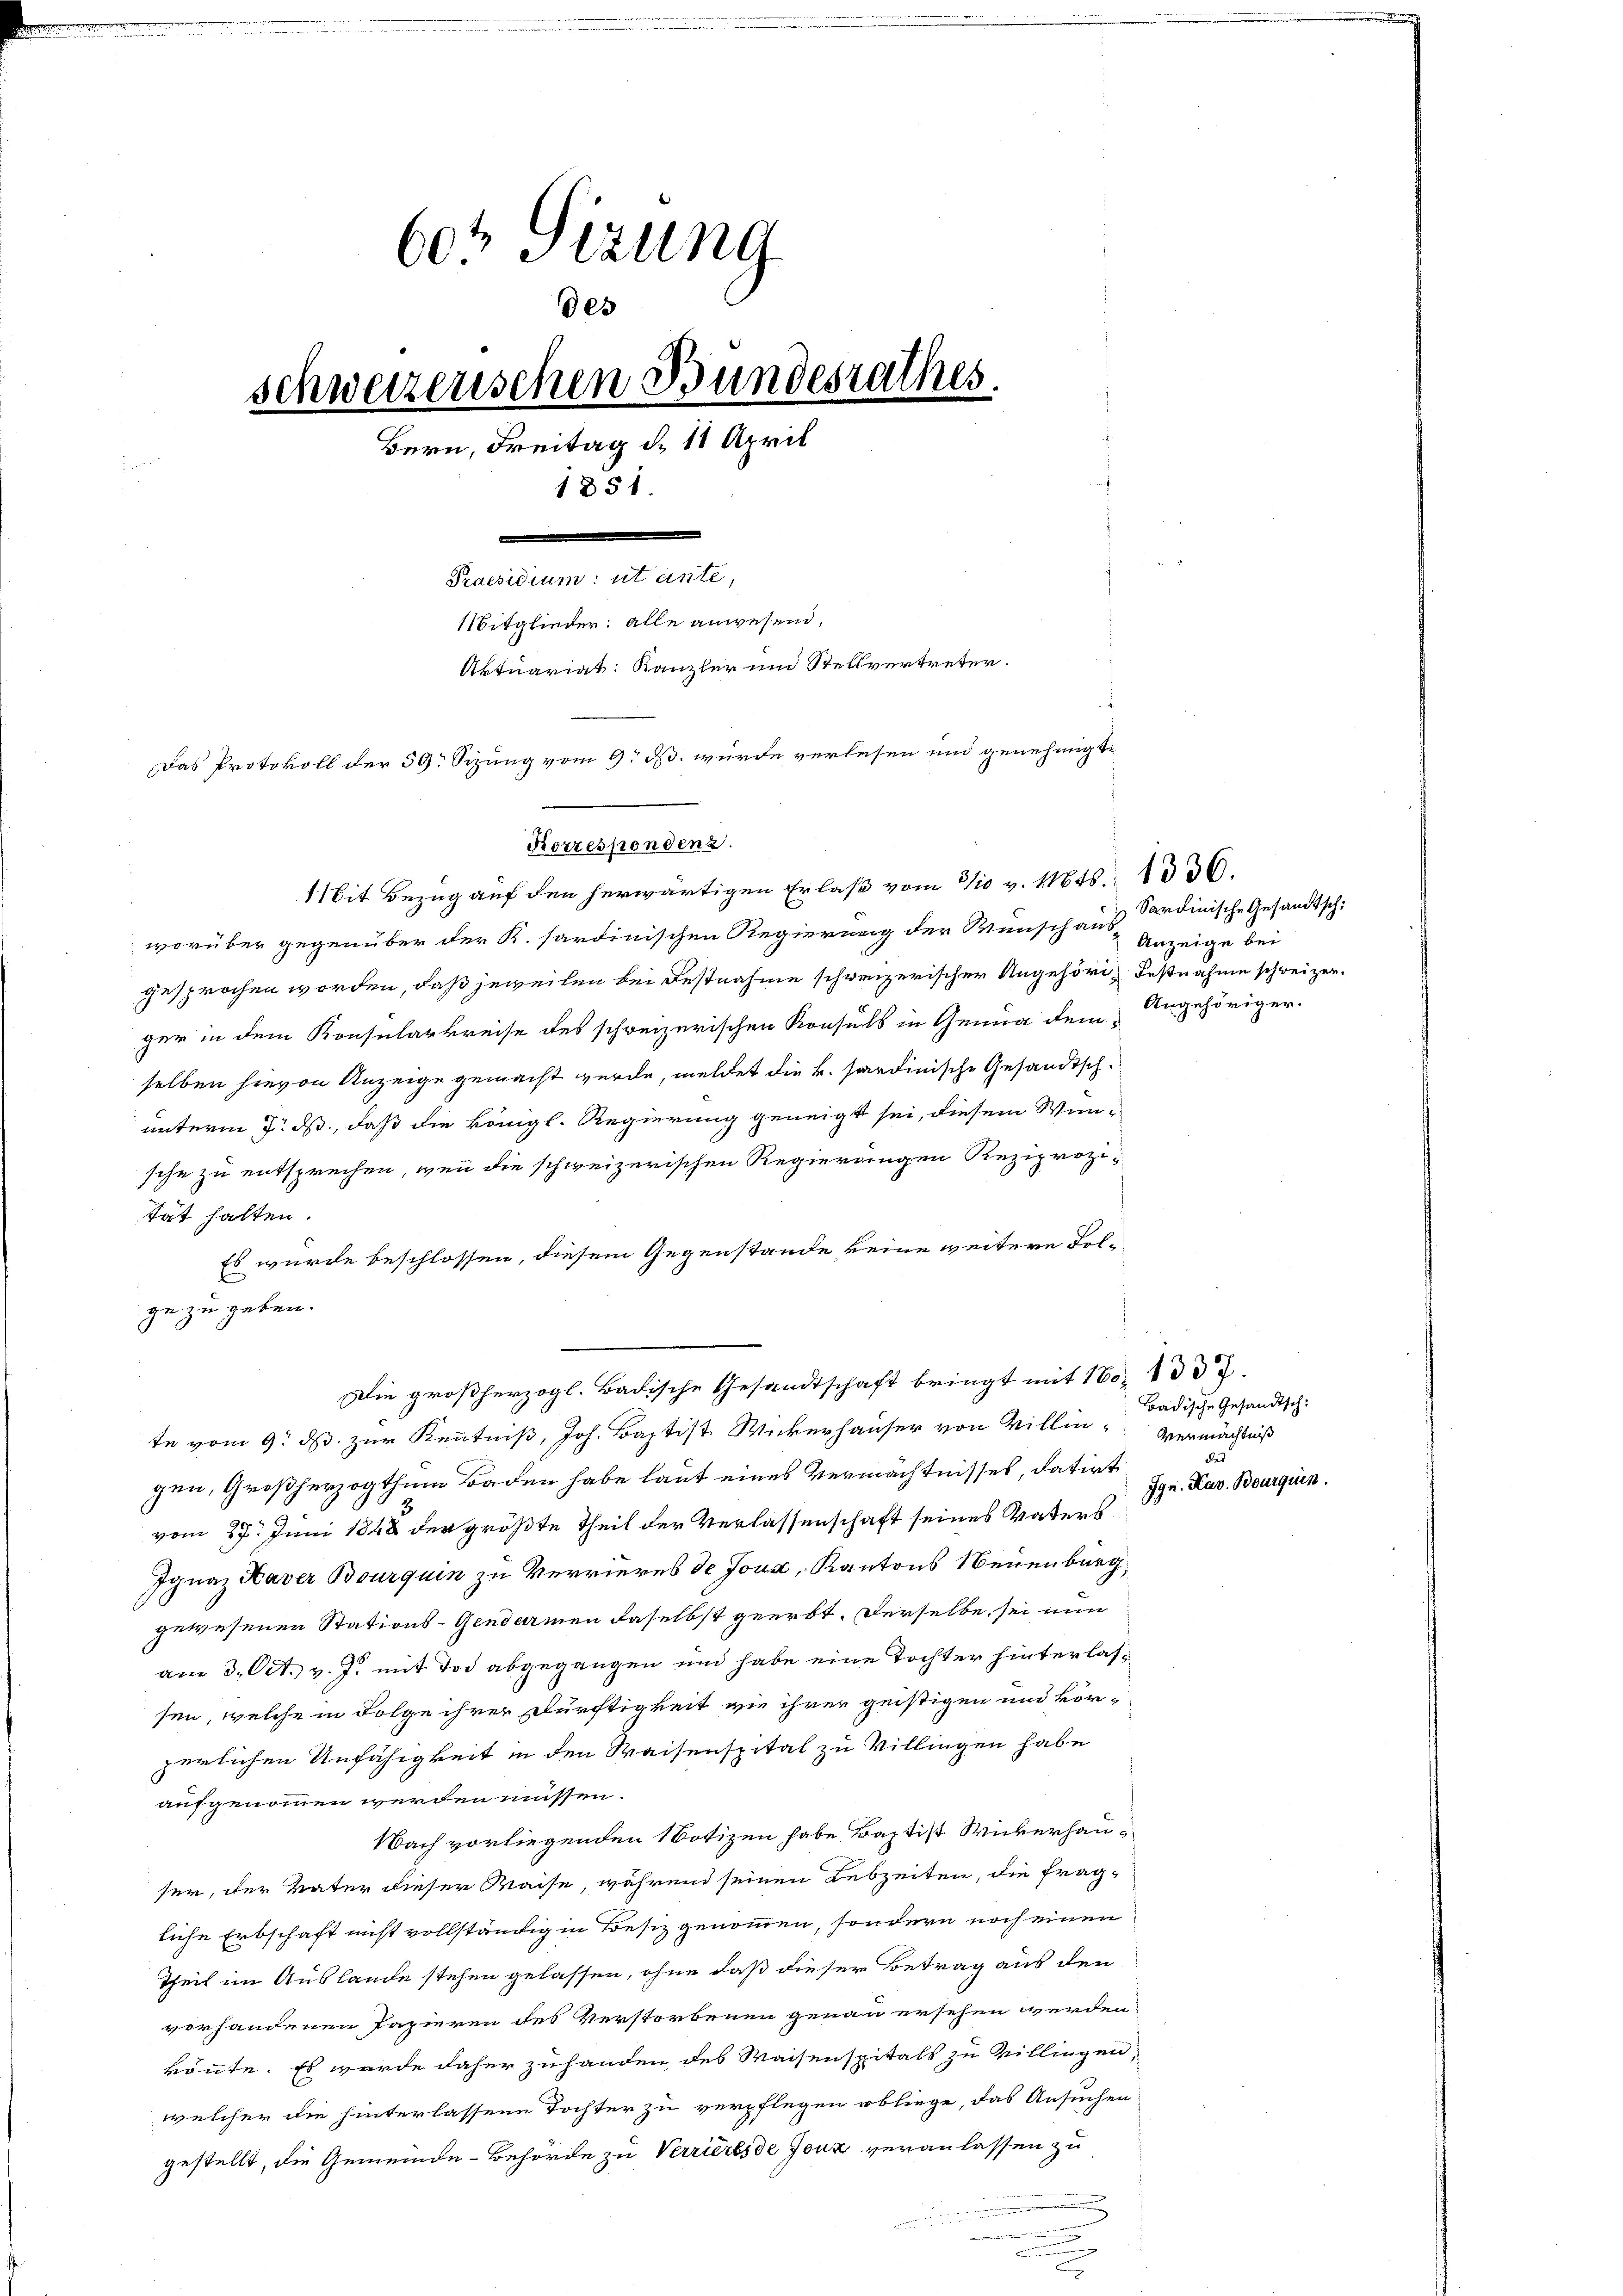
60t Sezung
des
schweizenschen Bundesrathes.
Bern, Freitag d. 18 April
1851.
dendenen
Mitglieder: alle anwesend,
Aktuariat: Kanzler und Stellvertreter.
Das Protokoll der 59. Sizung vom 9. ds. wurde verlesen und genehmigte

Mit Bezug auf den herwärtigen Erlaß vom 3/10 v. 116ts. 1536.
worüber gegenüber der K. sardinischen Regierung der Wunsch ausgesprochen worden, daß jeweilen bei Festnahme schweizerischer Angehöri, deßnahme schweizer.
ger in dem Konsularkreise des schweizerischen Konsuls in Genua demselben hievon Anzeige gemacht wurde, meldet die k. sardinische Gesandtschunterm 3. ds., daß die königl. Regierung geneigt sei, diesem Winsche zu entsprechen, wenn die schweizerischen Regierungen Reziprozi-
tät halten.
Es wurde beschlossen, diesem Gegenstände keine weitere Folge zu geben.
te vom 9. ds. zur Kenntniß, Joh. Baptist Wickerhauser von Villin Vermächtniß
gen, Großherzogthum Baden habe laut eines Vermächtnisses, datirt
vom 27. Juni 1848 der größte Theil der Verlassenschaft seines Vaters
Ignaz Kaver Bourquin zu Verrieres de Joux, Kantons Neuenburg,
gewesenen Stations-Gendarmen daselbst geerbt. Derselbe sei nun
am 3. Oct. v. J. mit Tod abgegangen und habe eine Tochter hinterlassen, welche in Folge ihrer Dürftigkeit wie ihrer geistigen und kör-
zerlichen Unfähigkeit in den Waisenspital zu Villingen habe
aufgenommen werden müssen.
Nach vorliegenden Notizen habe Baptist Wickerhauser, der Vater dieser Waise, während seinen Lebzeiten, die frag-
liche Erbschaft nicht vollständig in Besitz genommen, sondern noch einen
Theil im Auslande stehen gelassen, ohne daß dieser Betrag aus den
vorhandenen Papieren des Verstorbenen genau ersehen werden
könnte. Es wurde daher zu handen des Waisenspitals zu Villingen,
welcher die hinterlassene Tochter zu verpflegen obliege, das Ansuchen
gestellt, die Gemeinde-Behörde zu Verrieres de Joux veranlassen zu

Korrespondenz.

Die großherzogl. Badische Gesandtschaft bringt mit 160. 1333.

Sardinische Gesandtsch:
Anzeige bei
Angehöriger.

Badische Gesandtsch-
des
Ign. Kav. Bourquin